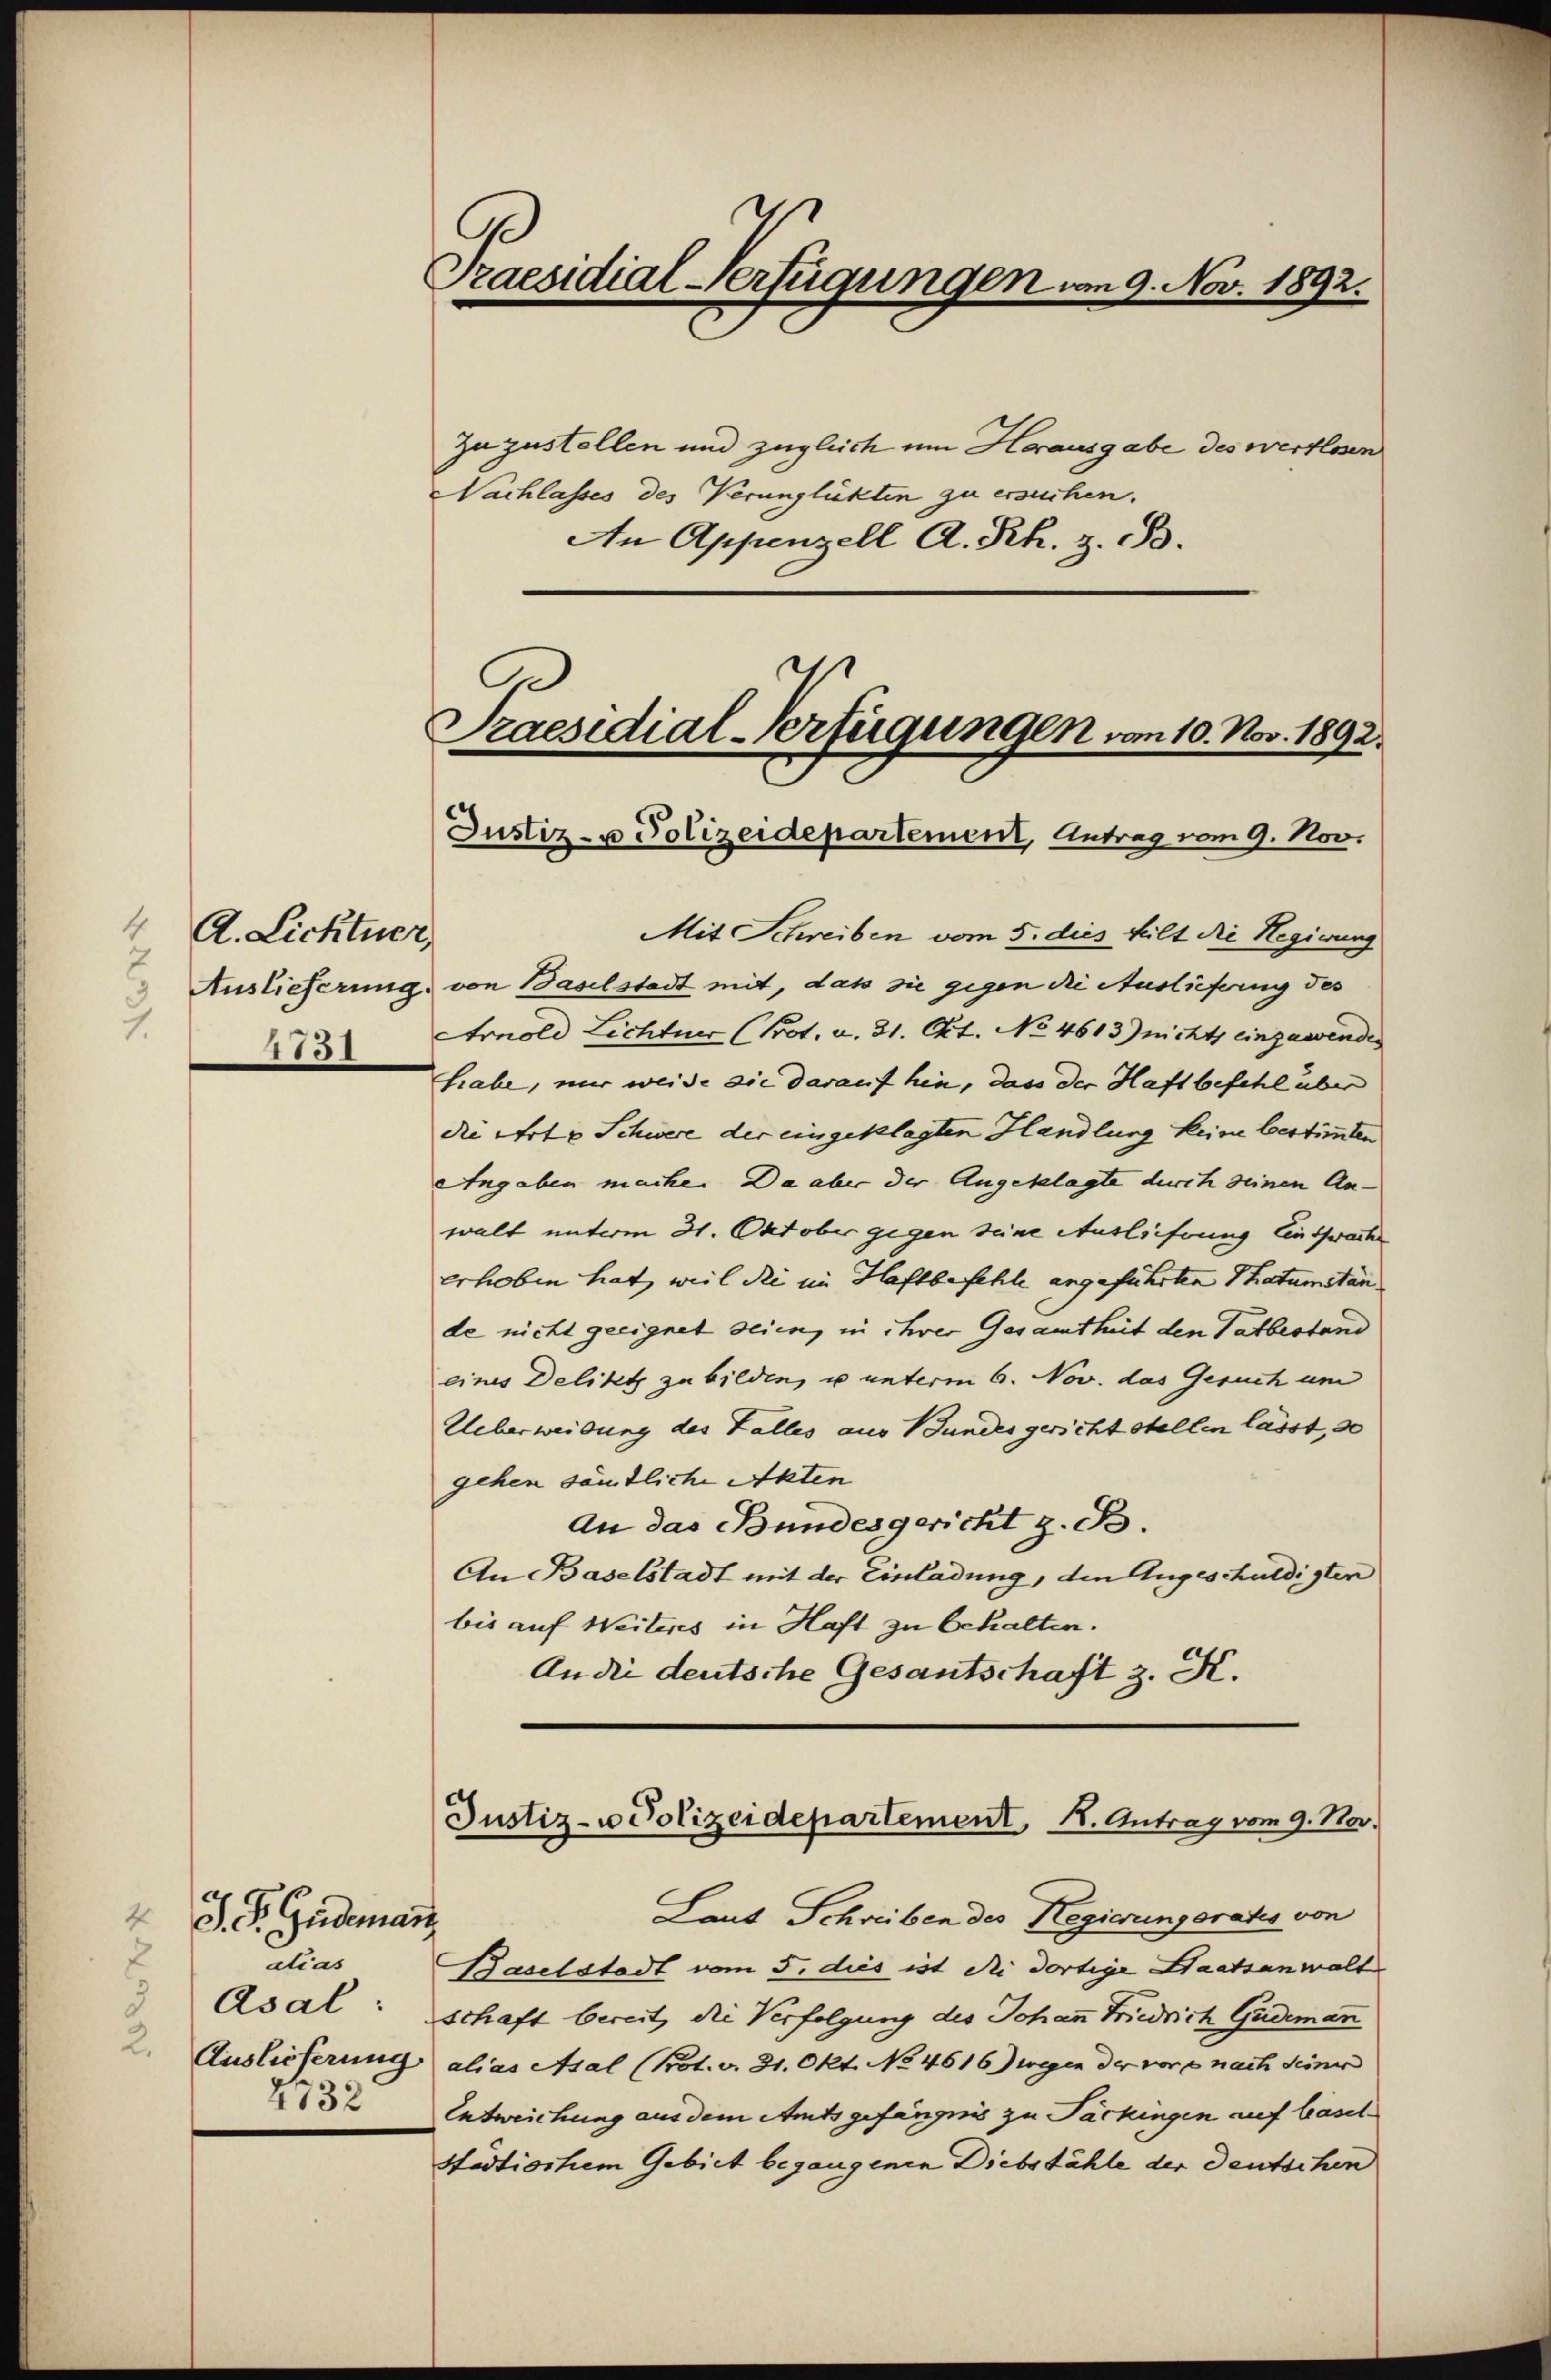
4
A. Lichtuer,
7
1.
1751

J. P. Guideman

alias
Asal:
2732

Praesidial-Verfügungen vom 9. Nov. 1892.

Zuzustellen und zugleich um Herausgabe des wertlosen
Nachlasses des Verunglükten zu ersuchen.
An Appenzell A. Rh. z. B.

Praesidial-Verfügungen vom 10. Nov. 1892.
Justiz- u Polizeidepartement, Antrag vom 9. Nov.

Mit Schreiben vom 5. dies teilt die Regierung
Auslieferung, von Baselstadt mit, dass sie gegen die Auslieferung des
Arnold Lichtuer (Prot. v. 31. Okt. No 4613) nichts einzuwendes
habe, nur weide sie darauf hin, dass der Haftbefehl über
die Art & Schwere der eingeklagten Handlung keine bestimmten
Angaben mache. Da aber der Angeklagte durch seinen An-
walt unterm 31. Oktober gegen seine Auslieferung Einsprach
erhoben hat, weil die im Haftbefehle angeführten Thatumstän
de nicht geeignet seien, in ihrer Gesamtheit den Tatbestand
eines Delikt zu bilden, u unterm 6. Nov. das Gesuch um
Ueberweisung des Falles aus Bundesgericht stellen lässt, so
gehen sämtliche Akten
An das Bundesgericht z. B.
An Baselstadt mit der Einladung, den Angeschuldigten
bis auf Weiteres in Haft zu behalten.
An die deutsche Gesantschaft z. K.

Justiz- u Polizeidepartement, 18. Antrag vom 9. Nov.

Laut Schreiben des Regierungsrates von
Baselstadt vom 5. dies ist die dortige Staatsanwalt
schaft bereit, die Verfolgung des Johan Friedrich Gudeman
2. Auslieferung alias Asal (Prot. v. 31. Okt. No 4616) wegen der vor e nach seiner
Entweichung aus dem Amtsgefängnis zu Packingen auf basel
städtischem Gebiet begangenen Diebstähle der deutschen